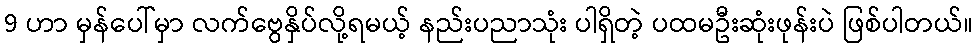
9 ဟာ မှန်ပေါ်မှာ လက်ဗွေနှိပ်လို့ရမယ့် နည်းပညာသုံး ပါရှိတဲ့ ပထမဦးဆုံးဖုန်းပဲ ဖြစ်ပါတယ်။